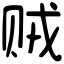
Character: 贼